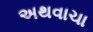
અથવાચા